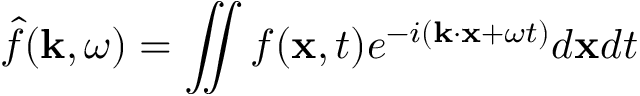
\hat { f } ( \mathbf { k } , \omega ) = \iint f ( \mathbf { x } , t ) e ^ { - i ( \mathbf { k } \cdot \mathbf { x } + \omega t ) } d \mathbf { x } d t